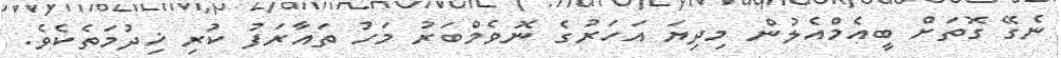
ނެގޭ ގޮތަށް ބީއެމްއެލުން މިދިޔަ އަހަރުގެ ނޮވެމްބަރު މަހު ތައާރަފު ކުރި ޚިދުމަތެކެވެ.